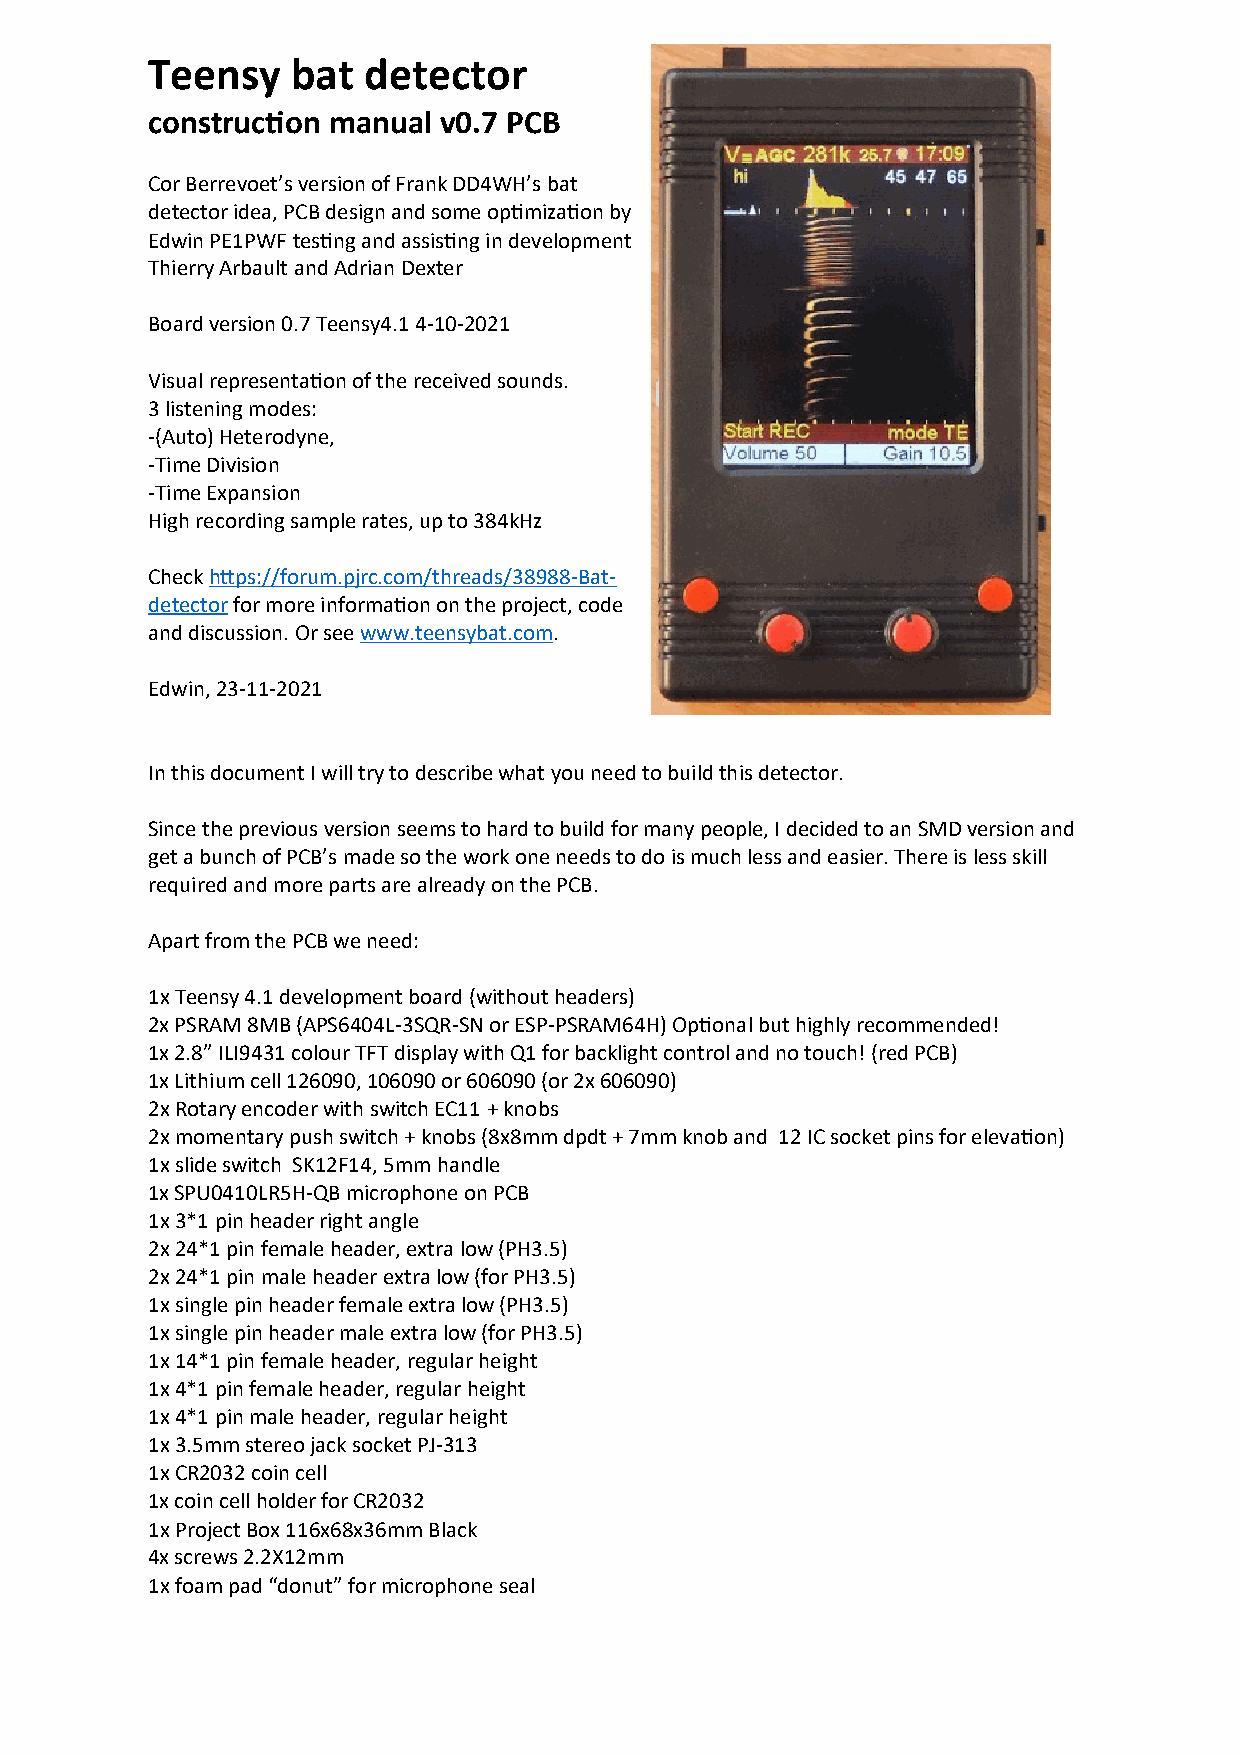
Teensy   bat  detector
 construction manual v0.7 PCB
 Cor Berrevoet’s version of Frank DD4WH’s bat
 detector idea, PCB design and some optimization by
 Edwin PE1PWF testing and assisting in development
 Thierry Arbault and Adrian Dexter
 Board version 0.7 Teensy4.1 4-10-2021
 Visual representation of the received sounds.
 3 listening modes:
 -(Auto) Heterodyne,
 -Time Division
 -Time Expansion
 High recording sample rates, up to 384kHz
 Check https://forum.pjrc.com/threads/38988-Bat-
 detector for more information on the project, code
 and discussion. Or see www.teensybat.com.
 Edwin, 23-11-2021
 In this document I will try to describe what you need to build this detector.
 Since the previous version seems to hard to build for many people, I decided to an SMD version and
 get a bunch of PCB’s made so the work one needs to do is much less and easier. There is less skill
 required and more parts are already on the PCB.
 Apart from the PCB we need:
 1x Teensy 4.1 development board (without headers)
 2x PSRAM 8MB (APS6404L-3SQR-SN or ESP-PSRAM64H) Optional but highly recommended!
 1x 2.8” ILI9431 colour TFT display with Q1 for backlight control and no touch! (red PCB)
 1x Lithium cell 126090, 106090 or 606090 (or 2x 606090)
 2x Rotary encoder with switch EC11 + knobs
 2x momentary push switch + knobs (8x8mm dpdt + 7mm knob and 12 IC socket pins for elevation)
 1x slide switch SK12F14, 5mm handle
 1x SPU0410LR5H-QB microphone on PCB
 1x 3*1 pin header right angle
 2x 24*1 pin female header, extra low (PH3.5)
 2x 24*1 pin male header extra low (for PH3.5)
 1x single pin header female extra low (PH3.5)
 1x single pin header male extra low (for PH3.5)
 1x 14*1 pin female header, regular height
 1x 4*1 pin female header, regular height
 1x 4*1 pin male header, regular height
 1x 3.5mm stereo jack socket PJ-313
 1x CR2032 coin cell
 1x coin cell holder for CR2032
 1x Project Box 116x68x36mm Black
 4x screws 2.2X12mm
 1x foam pad “donut” for microphone seal